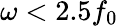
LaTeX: \omega<2.5f_{0}